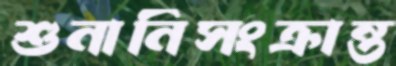
শুনানিসংক্রান্ত